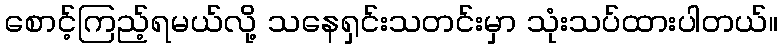
စောင့်ကြည့်ရမယ်လို့ သနေရှင်းသတင်းမှာ သုံးသပ်ထားပါတယ်။